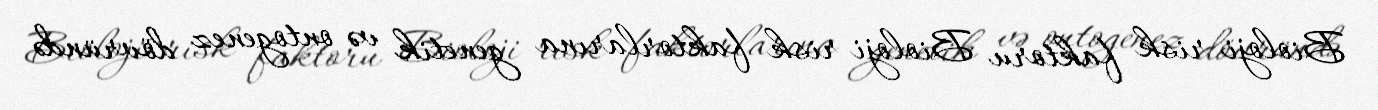
Bioloji risk faktoru Bioloji risk faktorlarına genetik və ontogenez dövründə